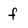
Character: f